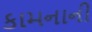
કામનાની